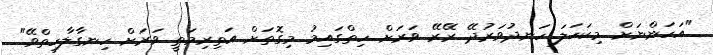
"އަހަންނަށް މިކަހަލަ ހަނދުވަރުދޭ ރޭރޭ ވަރަށް ހިތްގައިމު މިގޮތަށް އަތިރިމަތީ ވަރަށް ހިނގާލާހިތްވޭ"